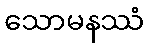
သောမနဿံ